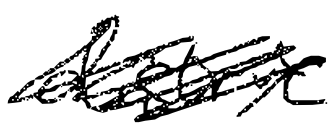
Text: district
Cross-out: mix
Writing tool: digital_black